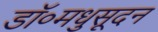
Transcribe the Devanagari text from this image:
डॉ०मधुसूदन